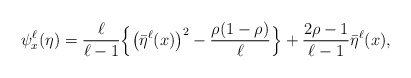
\begin{align*}\psi_x^\ell(\eta) = \frac{\ell}{\ell-1} \Big\{ \big(\bar{\eta}^\ell(x)\big)^2 - \frac{\rho(1-\rho)}{\ell} \Big\} + \frac{2\rho-1}{\ell-1} \bar{\eta}^\ell(x),\end{align*}